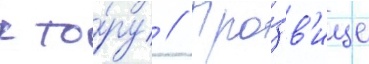
к то́ру // Про́зв'ище